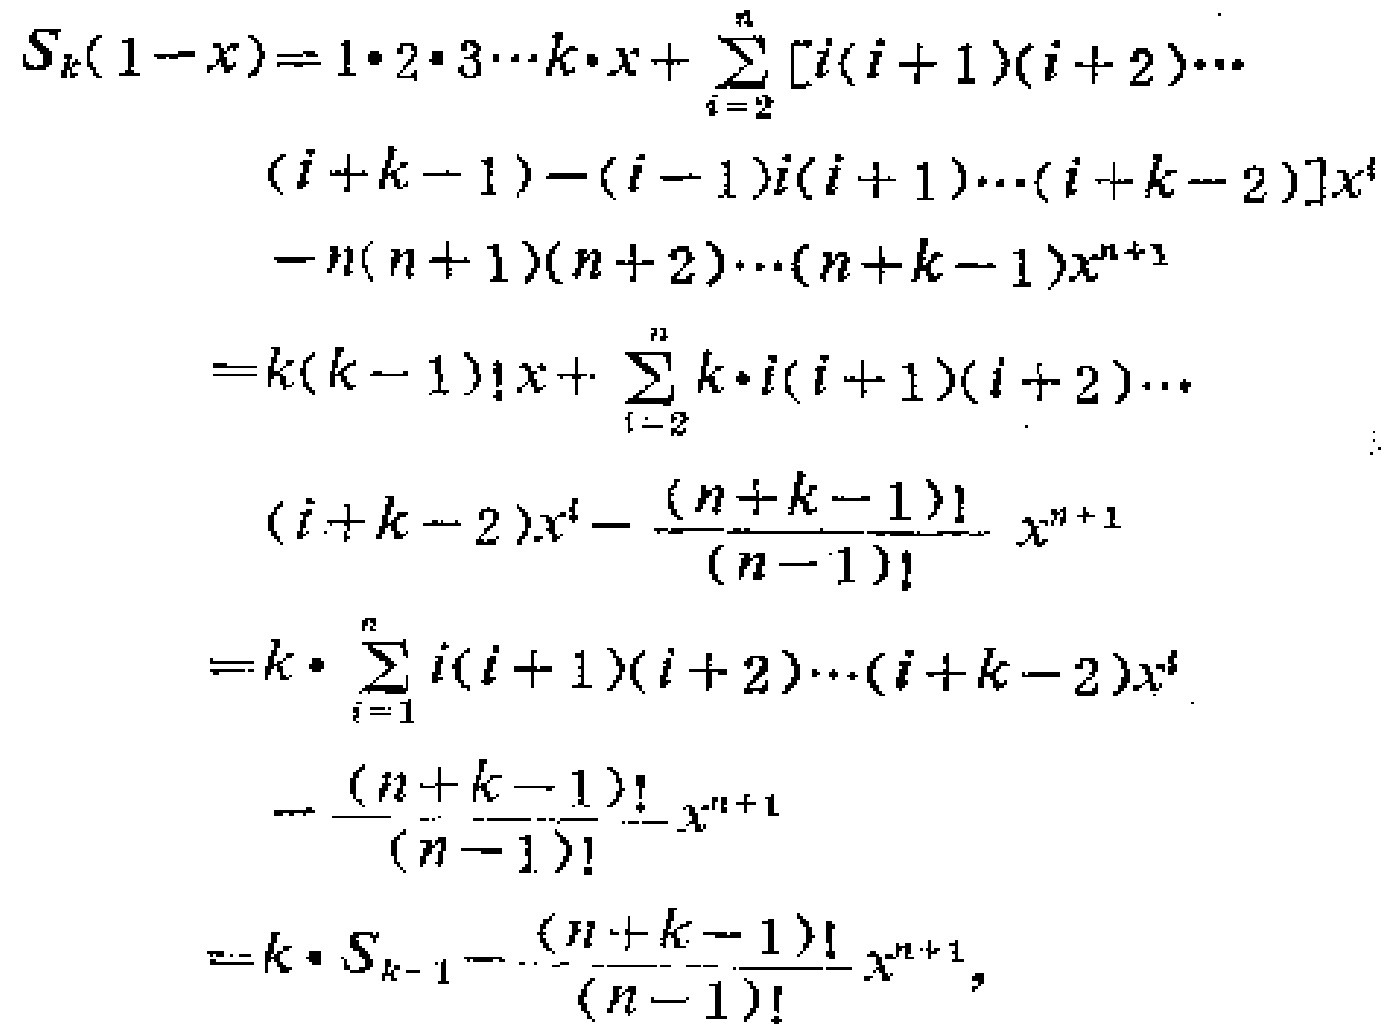
\begin{align*}
S_{k}(1 - x) &= 1\cdot2\cdot3\cdots k\cdot x+\sum_{i = 2}^{n}[i(i + 1)(i + 2)\cdots\\
&(i + k - 1)-(i - 1)i(i + 1)\cdots(i + k - 2)]x^{i}\\
&-n(n + 1)(n + 2)\cdots(n + k - 1)x^{n + 1}\\
&=k(k - 1)!x+\sum_{i = 2}^{n}k\cdot i(i + 1)(i + 2)\cdots\\
&(i + k - 2)x^{i}-\frac{(n + k - 1)!}{(n - 1)!}x^{n + 1}\\
&=k\cdot\sum_{i = 1}^{n}i(i + 1)(i + 2)\cdots(i + k - 2)x^{i}\\
&-\frac{(n + k - 1)!}{(n - 1)!}x^{n + 1}\\
&=k\cdot S_{k - 1}-\frac{(n + k - 1)!}{(n - 1)!}x^{n + 1},
\end{align*}